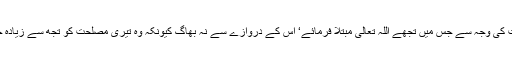
توُ کسی مصیبت کی وجہ سے جس میں تجھے اللہ تعالیٰ مبتلا فرمائے‘ اس کے دروازے سے نہ بھاگ کیونکہ وہ تیری مصلحت کو تجھ سے زیادہ جاننے والاہے ۔